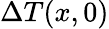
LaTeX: \Delta{T}(x,0)